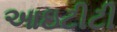
આઇટીટી